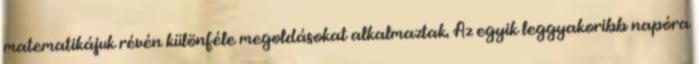
matematikájuk révén különféle megoldásokat alkalmaztak. Az egyik leggyakoribb napóra